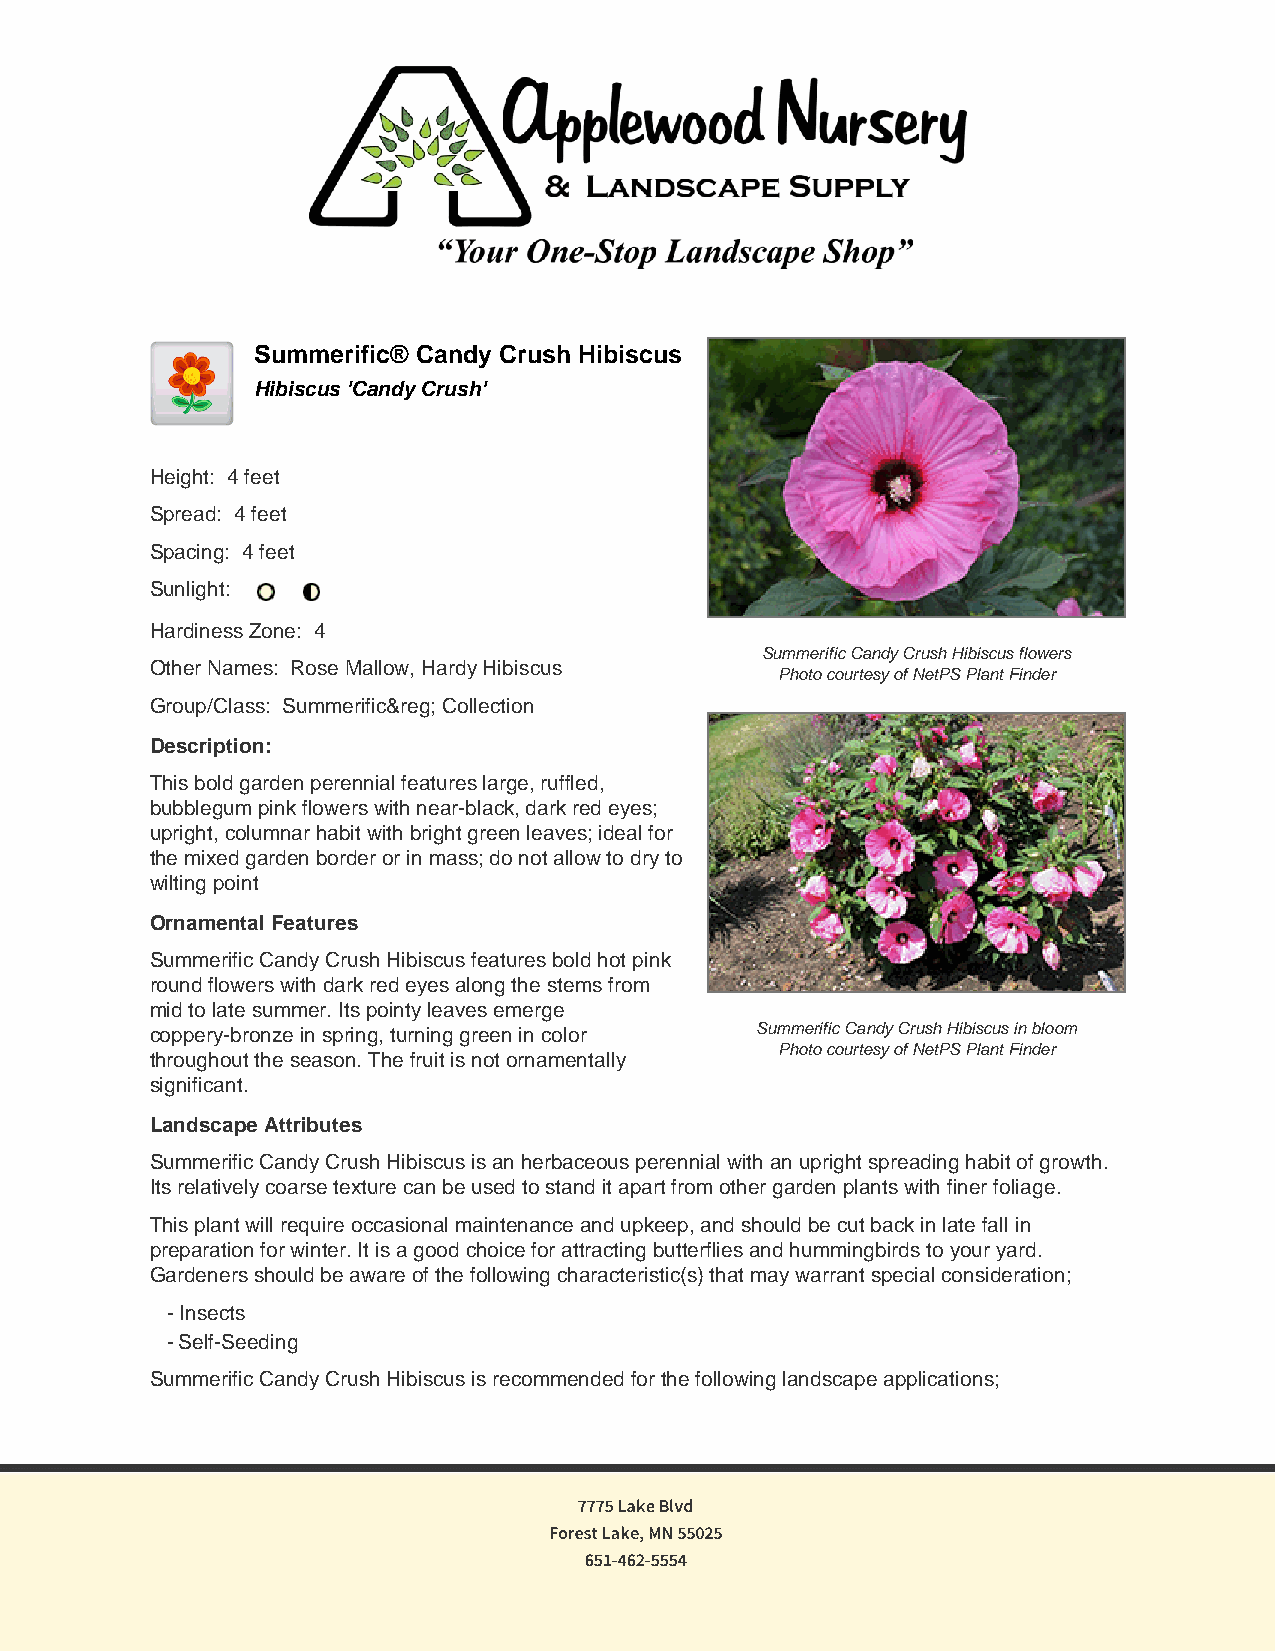
Summerific® Candy Crush Hibiscus
 Hibiscus 'Candy Crush'
 Height: 4 feet
 Spread: 4 feet
 Spacing: 4 feet
 Sunlight:
 Hardiness Zone: 4
 Summerific Candy Crush Hibiscus flowers
 Other Names: Rose Mallow, Hardy Hibiscus
 Photo courtesy of NetPS Plant Finder
 Group/Class: Summerific&reg; Collection
 Description:
 This bold garden perennial features large, ruffled,
 bubblegum pink flowers with near-black, dark red eyes;
 upright, columnar habit with bright green leaves; ideal for
 the mixed garden border or in mass; do not allow to dry to
 wilting point
 Ornamental Features
 Summerific Candy Crush Hibiscus features bold hot pink
 round flowers with dark red eyes along the stems from
 mid to late summer. Its pointy leaves emerge
 coppery-bronze in spring, turning green in color Summerific Candy Crush Hibiscus in bloom
 Photo courtesy of NetPS Plant Finder
 throughout the season. The fruit is not ornamentally
 significant.
 Landscape Attributes
 Summerific Candy Crush Hibiscus is an herbaceous perennial with an upright spreading habit of growth.
 Its relatively coarse texture can be used to stand it apart from other garden plants with finer foliage.
 This plant will require occasional maintenance and upkeep, and should be cut back in late fall in
 preparation for winter. It is a good choice for attracting butterflies and hummingbirds to your yard.
 Gardeners should be aware of the following characteristic(s) that may warrant special consideration;
 - Insects
 - Self-Seeding
 Summerific Candy Crush Hibiscus is recommended for the following landscape applications;
 7775 Lake Blvd
 Forest Lake, MN 55025
 651-462-5554